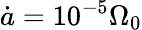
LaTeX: \dot{a}=10^{-5}\Omega_{0}